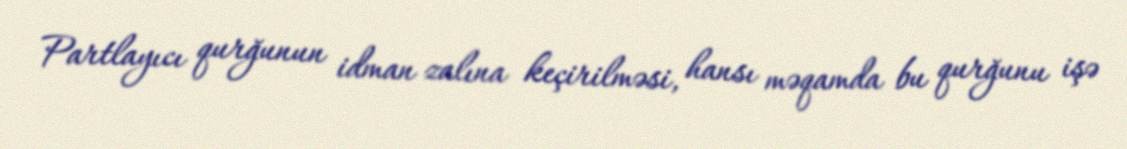
Partlayıcı qurğunun idman zalına keçirilməsi, hansı məqamda bu qurğunu işə